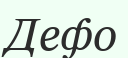
Дефо